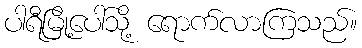
ပါရီမြို့ပေါ်သို့ ရောက်လာကြသည်။